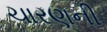
ચારણની